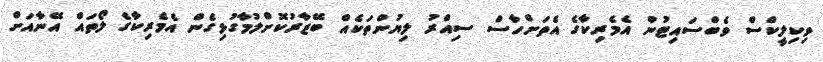
ވިކިލީކްސް ވެބްސައިޓުން އެމެރިކާގެ އެތަށްހާސް ސިއްރު ލިޔުންތަކެއް ބޭޒާރުކޮށްލުމާގުޅިގެން އެމެރިކާގެ ލޯތައް އޭނާއަށް